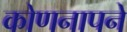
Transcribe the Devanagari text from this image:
कोणनापने